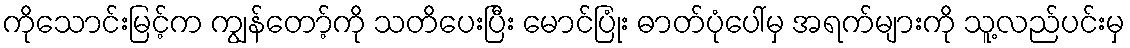
ကိုသောင်းမြင့်က ကျွန်တော့်ကို သတိပေးပြီး မောင်ပြုံး ဓာတ်ပုံပေါ်မှ အရက်များကို သူ့လည်ပင်းမှ